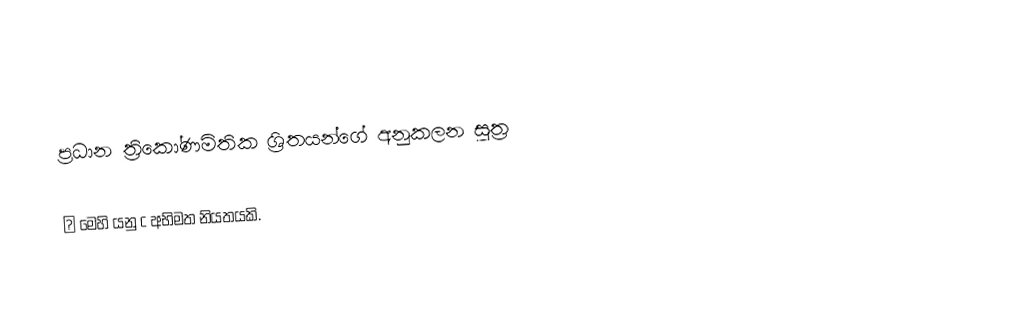

ප්‍රධාන ත්‍රිකෝණමිතික ශ්‍රිතයන්ගේ අනුකලන සූත්‍ර

♦ මෙහි යනු c අභිමත නියතයකි.